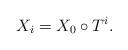
LaTeX: \begin{align*} X_{i}=X_{0}\circ T^{i}.\end{align*}